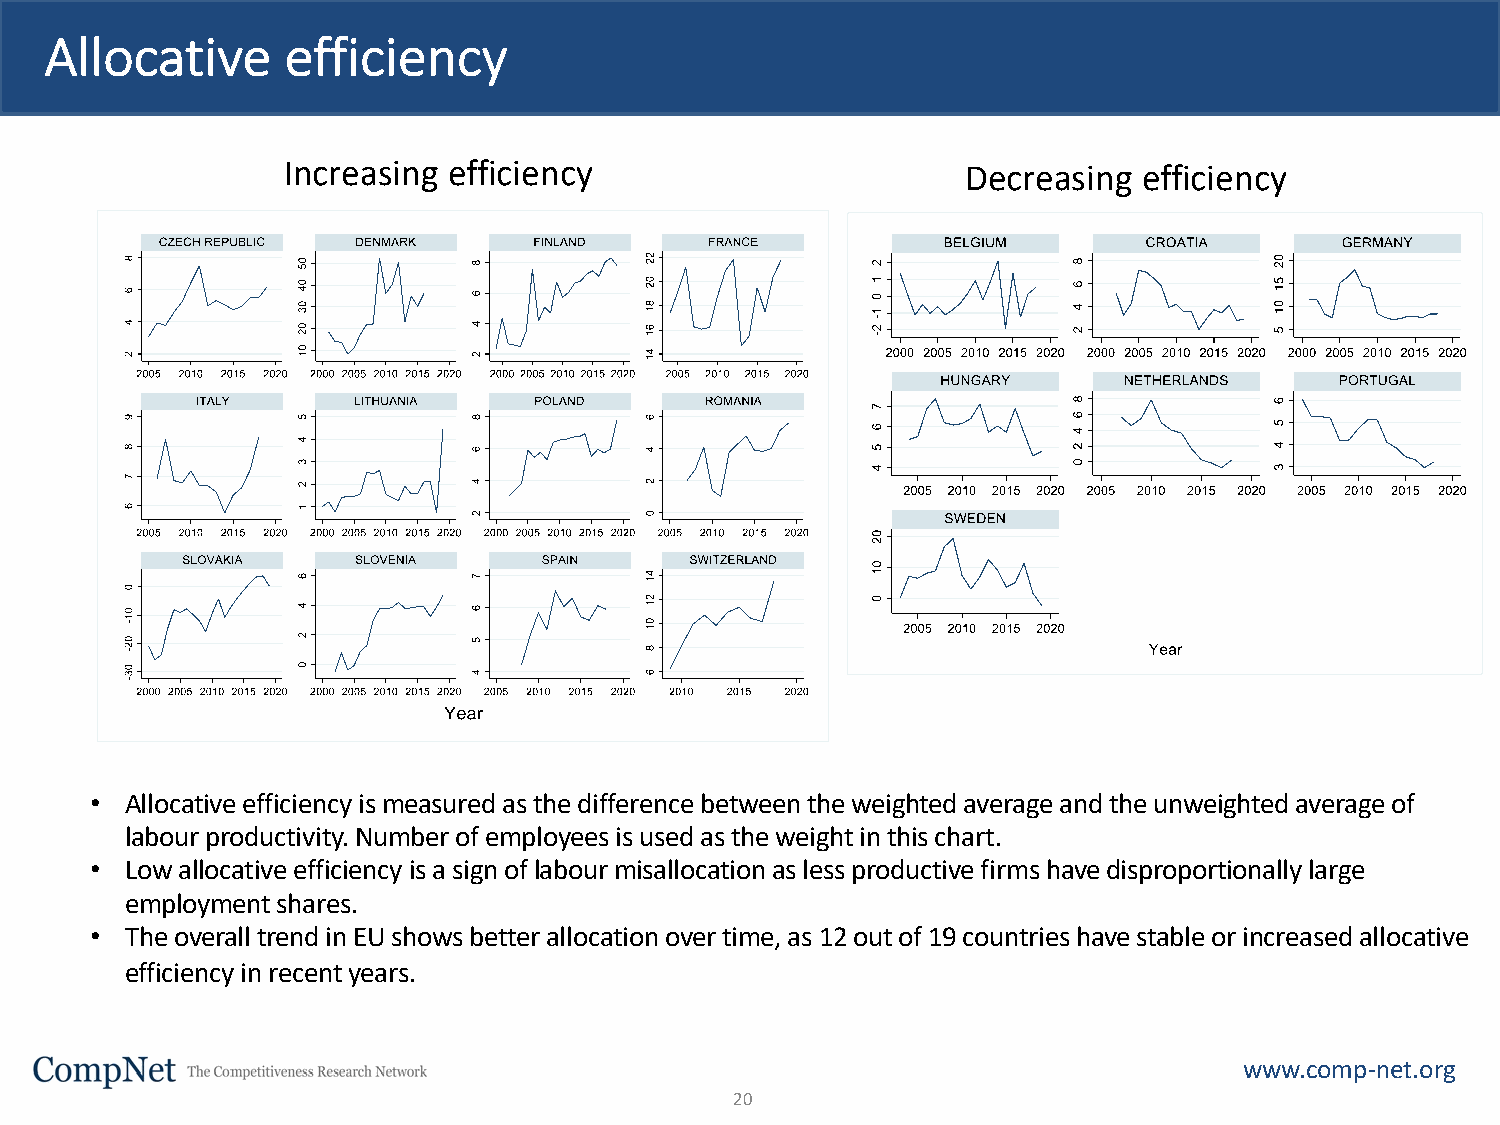
Allocative      efficiency
 Increasing efficiency                        Decreasing  efficiency
 • Allocative efficiency is measured as the difference between the weighted average and the unweighted average of
 labour productivity. Number of employees is used as the weight in this chart.
 • Low allocative efficiency is a sign of labourmisallocation as less productive firms have disproportionally large
 employment shares.
 • The overall trend in EU shows better allocation over time, as 12 out of 19 countries have stable or increased allocative
 efficiency in recent years.
 www.comp-net.org
 20